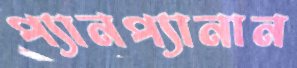
প্যানপ্যানান